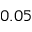
0 . 0 5